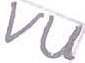
Text: VU